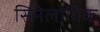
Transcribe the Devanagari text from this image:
सिनेलोगिक